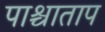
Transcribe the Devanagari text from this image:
पाश्चाताप